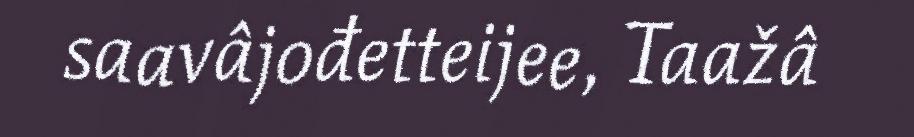
saavâjođetteijee, Taažâ